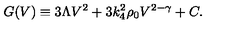
G ( V ) \equiv 3 \Lambda V ^ { 2 } + 3 k _ { 4 } ^ { 2 } \rho _ { 0 } V ^ { 2 - \gamma } + C .